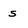
Character: s